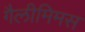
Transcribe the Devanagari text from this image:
गैलीमिमस